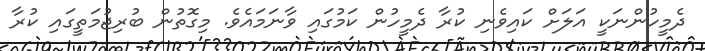
ދެމީހުންނަކީ އަލަށް ކައިވެނި ކުރާ ދެމީހުން ކަމުގައި ވާނަމައެވެ. މިގޮތުން ބުރިޖުމަތީގައި ކުރާ